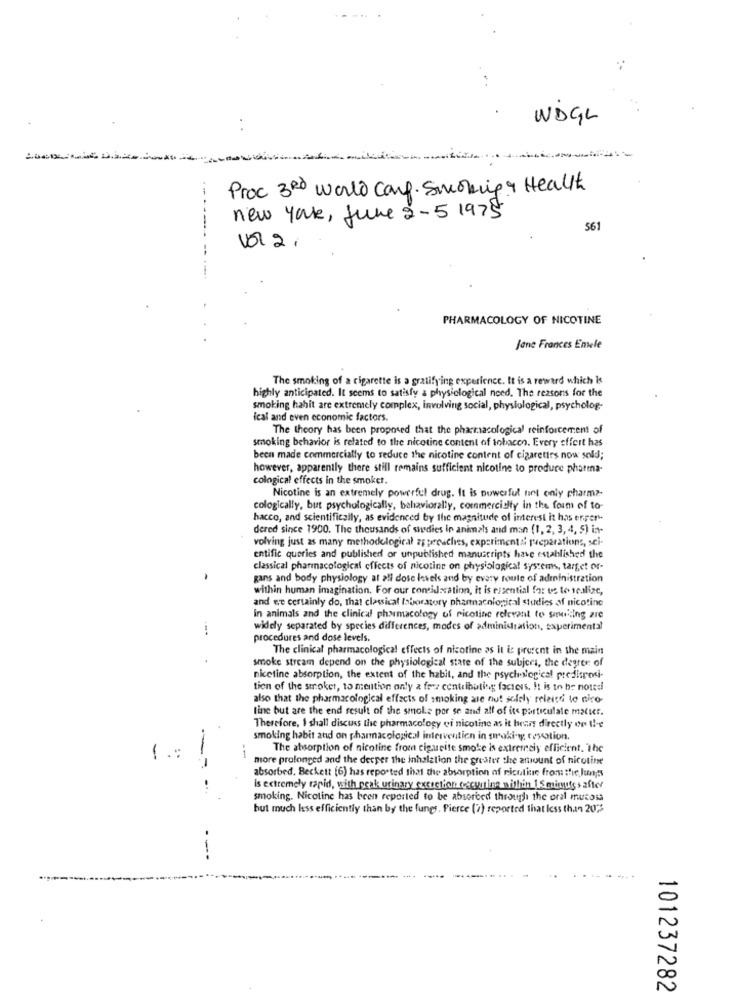
WDGL
Proc 3Rd world Card. Smoking & Health
--
new york, June 2-5 1975
561
va 2.
PHARMACOLOGY OF NICOTINE
Jane Frances Emele
The smoking of a cigarette is a gratifying experience. It is a reward which is
highly anticipated. It seems to satisfy a physiological need. The reasons for the
smoking habit are extremely complex, involving social, physiological, psycholog-
ical and even economic factors.
The theory has been proposed that the pharmacological reinforcement of
smoking behavior is related to the nicotine content of tobacco. Every effort has
been made commercially to reduce the nicotine content of cigarettes now sold;
however, apparently there still remains sufficient nicotine to produce pharma-
cological effects in the smoket.
Nicotine is an extremely powerful drug. It is powerful sint only charme.
cologically, but psychologically, behaviorally, commercioty in the form of to-
hacco, and scientifically, as evidenced by the magnitude of interest it has errer
dered since 1900. The thousands of siedies in animals and man (1, 2, 3, 4, 5) in-
volving just as many methodological approaches, experimental preparations, sci-
entific queries and published or unpublished manuscripts have established the
classical pharmacological effects of nicotine on physiological systems, target or-
gans and body physiology at ali dose levels and by evary roule of administration
within human imagination. For our consideration, it is essential for us to icalize,
and we certainly do, that classical laboratory phannacnlogical studies of nicotine
in animals and the clinical pharmacology of nicotine relevant to smiling are
widely separated by species differences, modes of administration, experimental
procedures and dose levels.
The clinical pharmacological effects of nicotine as it is present in the main
smoke stream depend on the physiological state of the subjers, the degree of
nicotine absorption, the extent of the habit, and the psychological predisposi-
tion of the stroker, to mention only a fee contributing factors, It is to be noted
also that the pharmacological effects of smoking are not safely relaisd to nico
tine but are the end result of the smoke por se and all of its particulale matier.
Therefore, I shall discuss the pharmacology of nicotine as it bears directly on the
smoking habit and on pharmacological intervention in smoking tescotion.
1 .:
The absorption of nicotine from cigueite smoke is extremely efficient. The
--
more prolonged and the decper the inhalation the greater the amount of nicotine
absorbed. Beckett (6) has reported that the absorption of nicotine from the lungs
is extremely rapid, with peak urinary exsection escorting within 15 minutes after
smoking. Nicotine has been reported to be absorbed through the oral mucosa
but much less efficiently than by the fungs. Pierce (7) reported that less than 20%
-
101237282